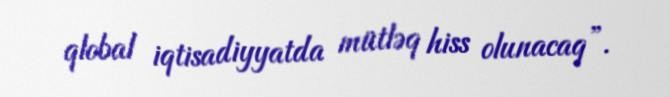
qlobal iqtisadiyyatda mütləq hiss olunacaq”.